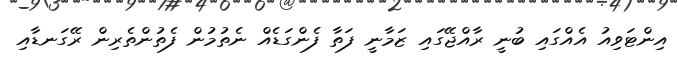
އިންޓަވިއު އެއްގައި ބުނީ ރާއްޖޭގައި ޒަމާނީ ފަތާ ފެންގަޑެއް ނެތުމުން ފެތުންތެރިން ރޭގަނޑާއި